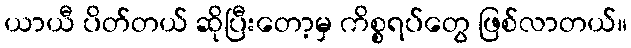
ယာယီ ပိတ်တယ် ဆိုပြီးတော့မှ ကိစ္စရပ်တွေ ဖြစ်လာတယ်။